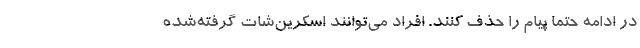
در ادامه حتما پیام را حذف کنند. ‌افراد می‌توانند اسکرین‌شات گرفته‌شده